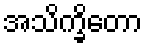
အသိက္ခိတော